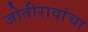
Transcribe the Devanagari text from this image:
जोतीरावांचा